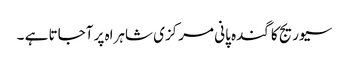
سیوریج کا گندہ پانی مرکزی شاہراہ پر آجاتا ہے ۔